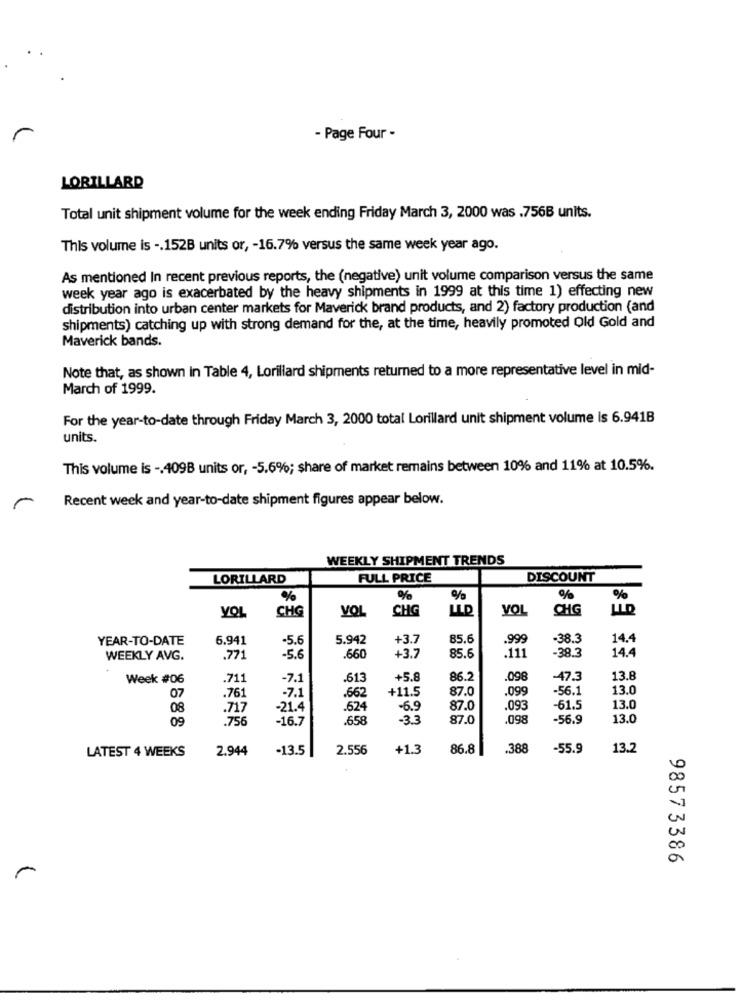
- Page Four -
LORILLARD
Total unit shipment volume for the week ending Friday March 3, 2000 was .756B units.
This volume is -. 152B units or, - 16.7% versus the same week year ago.
As mentioned In recent previous reports, the (negative) unit volume comparison versus the same
week year ago is exacerbated by the heavy shipments in 1999 at this time 1) effecting new
distribution into urban center markets for Maverick brand products, and 2) factory production (and
shipments) catching up with strong demand for the, at the time, heavily promoted Old Gold and
Maverick bands.
Note that, as shown in Table 4, Lorillard shipments returned to a more representative level in mid-
March of 1999.
For the year-to-date through Friday March 3, 2000 total Lorillard unit shipment volume Is 6.941B
units.
This volume is -, 409B units or, - 5.6%; share of market remains between 10% and 11% at 10.5%.
Recent week and year-to-date shipment figures appear below.
r
WEEKLY SHIPMENT TRENDS
LORILLARD
FULL PRICE
DISCOUNT
%
%
%
%
%
CHG
VOL
CHG
LLD
VOL
CHG
LLD
YOL
YEAR-TO-DATE
6.941
-5.6
5.942
+3.7
85.6
.999
-38.3
14.4
-38.3
14.4
WEEKLY AVG.
.77
-5.6
.660
+3.7
85.6
.111
Week #06
.711
-7.1
.613
+5.8
86.2
.098
-47.3
13.8
07
-7.1
+11.5
87.0
.099
-56.1
13.0
.761
.662
08
.717
-21.4
.624
-6.9
87.0
.093
-61.5
13.0
.756
-16.7
.658
-3.3
87.0
.098
-56.9
13.0
LATEST 4 WEEKS
2.944
-13.5
2.556
+1.3
86.8
.388
-55.9
13.2
98573386